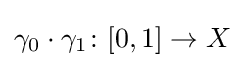
\gamma _{0}\cdot \gamma _{1}\colon [0,1]\to X